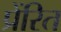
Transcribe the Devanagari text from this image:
प्रेंरित